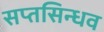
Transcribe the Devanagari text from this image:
सप्तसिन्धव